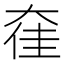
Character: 㚝